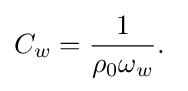
C_{w}={\frac {1}{\rho _{0}\omega _{w}}}.\